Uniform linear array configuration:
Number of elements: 12
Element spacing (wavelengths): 1
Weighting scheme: blackman
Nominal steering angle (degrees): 45
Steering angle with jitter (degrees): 45.093
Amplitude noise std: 0.05
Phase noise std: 0.05

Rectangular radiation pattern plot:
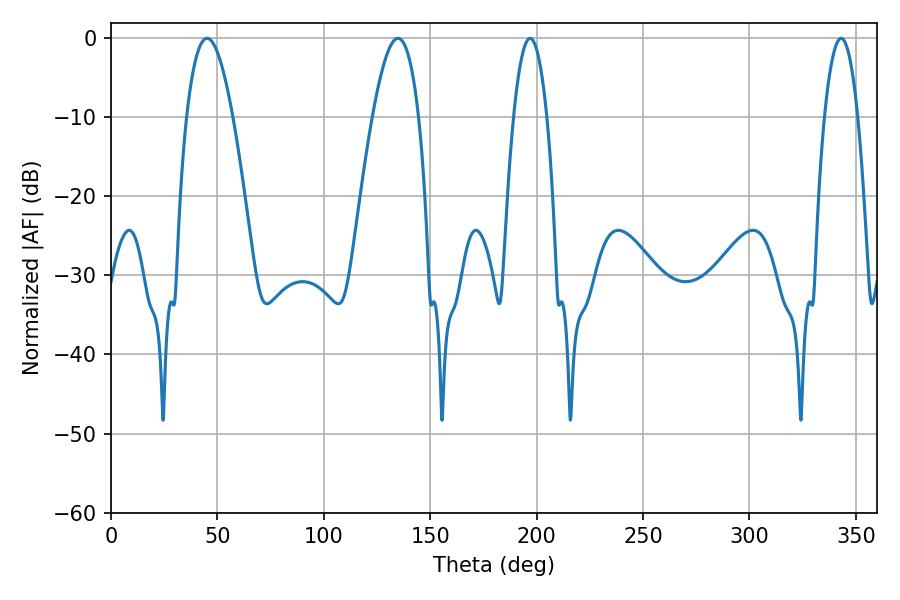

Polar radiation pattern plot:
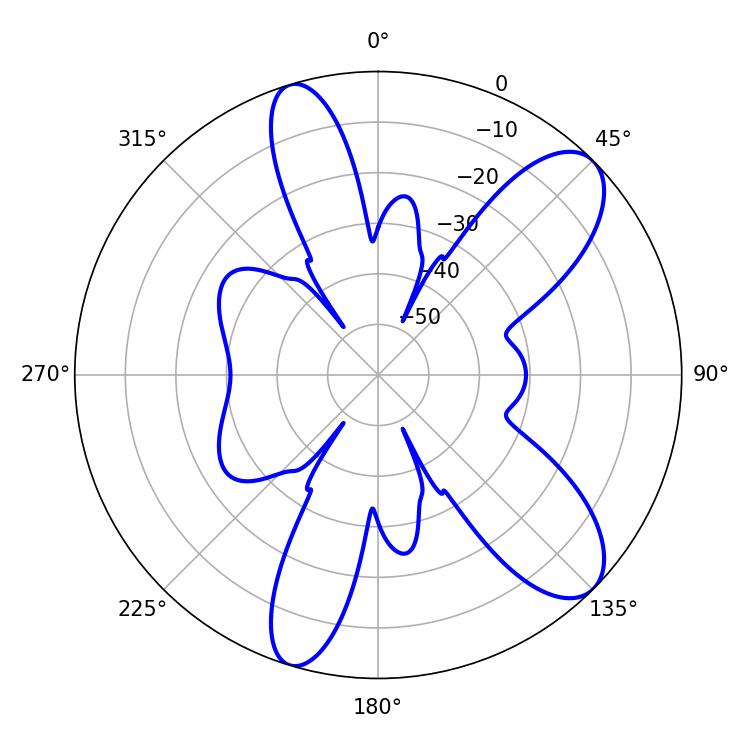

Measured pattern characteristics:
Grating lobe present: TRUE
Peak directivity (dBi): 9.526
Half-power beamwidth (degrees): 8.64
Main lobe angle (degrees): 196.92